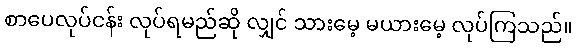
စာပေလုပ်ငန်း လုပ်ရမည်ဆို လျှင် သားမေ့ မယားမေ့ လုပ်ကြသည်။